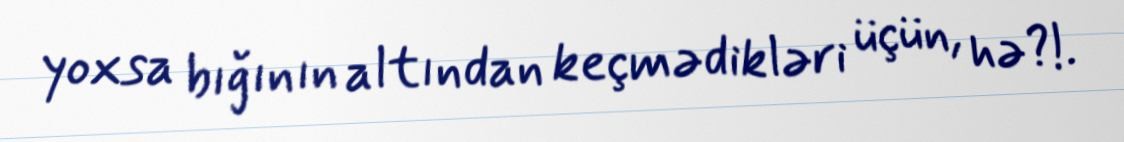
yoxsa bığının altından keçmədikləri üçün, hə?!.